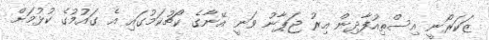
ޒަކަރޯނީ އިސްތިއުފާދިން އިރު ޖަޕާނު ވަނީ އޭނާގެ ކޯޗުކަމުގައި އެ ގައުމުގެ ކުޅުމަށް